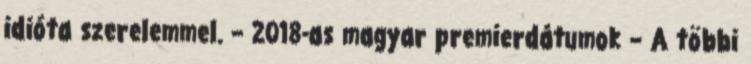
idióta szerelemmel. – 2018-as magyar premierdátumok – A többi